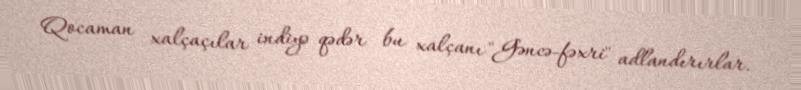
Qocaman xalçaçılar indiyə qədər bu xalçanı "Gəncə-fəxri" adlandırırlar.